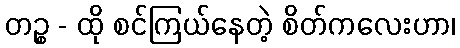
တဉ္စ - ထို စင်ကြယ်နေတဲ့ စိတ်ကလေးဟာ၊